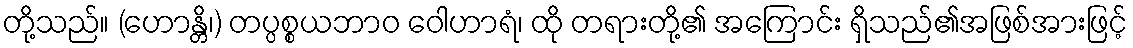
တို့သည်။ (ဟောန္တိ၊) တပ္ပစ္စယဘာဝ ဝေါဟာရံ၊ ထို တရားတို့၏ အကြောင်း ရှိသည်၏အဖြစ်အားဖြင့်